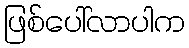
ဖြစ်ပေါ်လာပါက